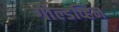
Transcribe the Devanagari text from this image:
गोल्डव्हिन